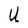
Character: U